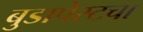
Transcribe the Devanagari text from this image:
बुडापेस्टचा